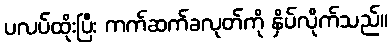
ပလပ်ထိုးပြီး ကက်ဆက်ခလုတ်ကို နှိပ်လိုက်သည်။